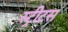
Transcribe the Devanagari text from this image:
स्ट्रीटस